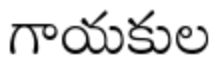
గాయకుల